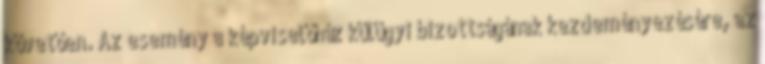
követően. Az esemény a képviselőház külügyi bizottságának kezdeményezésére, az